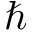
\hbar